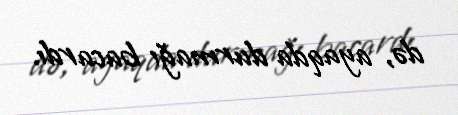
də, ayaqda durmağı bacardı.